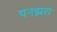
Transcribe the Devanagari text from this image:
पनझरा